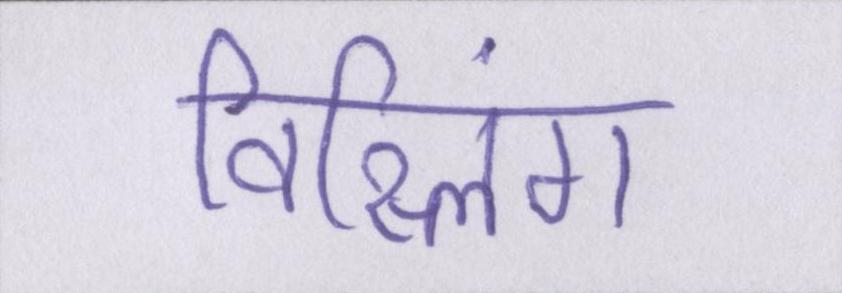
विस्लिंग